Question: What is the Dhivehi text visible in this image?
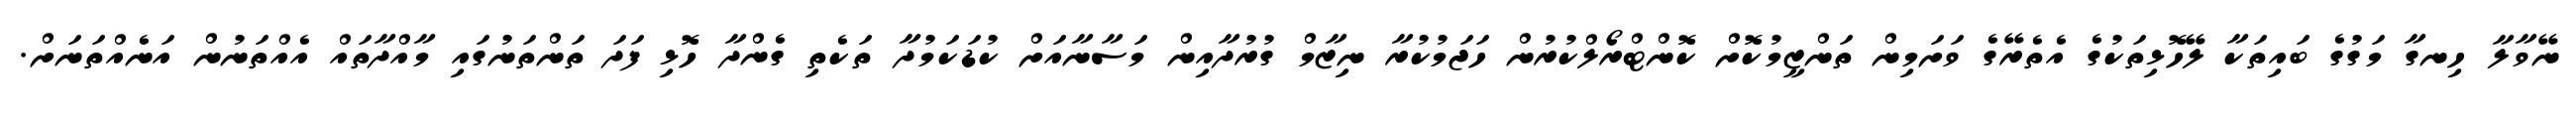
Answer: ނޭވާލާ ހިނގާ މަގުގެ ބައިތަކާ ލޭހޮޅިތަކުގެ އެތެރޭގެ ވަށަމިން ތަންޒީމުކޮށް ކޮންޓްރޯލްކުރުން ހަޖަމުކުރާ ނިޒާމް ގުރުދާއިން މަސާނާއަށް ކުޑަކަމުދާ ތަކެތި ގެންދާ ހޮޅި ފަދަ ތަންތަނުގައި މާއްދާތައް އެއްތަނުން އަނެއްތަނަށް.